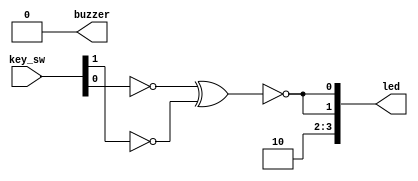
module top
(
    input  [3:0] key_sw,
    output [3:0] led,

    output       buzzer
);

    wire a = ~ key_sw [0];
    wire b = ~ key_sw [1];
    
    wire result = a ^ b;

    assign led [0] = ~ result;

    assign led [1] = ~ (~ key_sw [0] ^ ~ key_sw [1]);

    // Exercise 1: Change the code below.
    // Write the same for led [2] - logic operation AND 
    // Write the same for led [3] - logic operation OR
    
    assign led [2] = 1'b0;
    assign led [3] = 1'b1;

    // Exercise 2: Change the code below.
    // Turn on and off buzzer on the board using key.
    // Listen to the click sound.

    assign buzzer = 1'b0;
    
endmodule